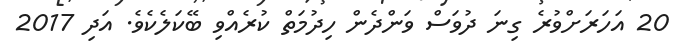
20 އަހަރަށްވުރެ ގިނަ ދުވަސް ވަންދެން ހިދުމަތް ކުރެއްވި ބޭކަލެކެވެ. އަދި 2017